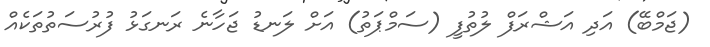
(ޖަމްބޭ) އަދި އަޝްރަފް ލުތުފީ (ސަމްޕަތު) އަށް ލަނޑު ޖަހާނެ ރަނގަޅު ފުރުސަތުތަކެއް